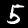
Digit: 5